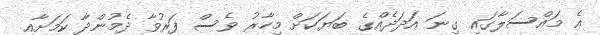
އެ މައްސަލާގައި ގިނަ އަދަދެއްގެ ބަޔަކަށް މިހާރު ވެސް ފަރުވާ ދެމުންދާ ކަމަށާއި